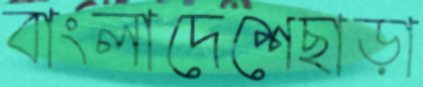
বাংলাদেশেছাড়া